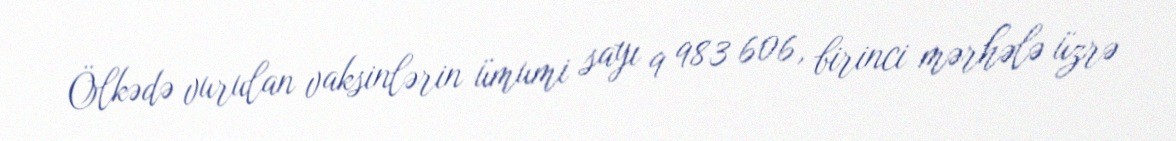
Ölkədə vurulan vaksinlərin ümumi sayı 9 983 606, birinci mərhələ üzrə